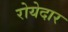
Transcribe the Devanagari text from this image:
रोयेदार